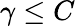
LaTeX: \gamma\leq C